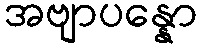
အဗျာပန္နော